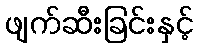
ဖျက်ဆီးခြင်းနှင့်